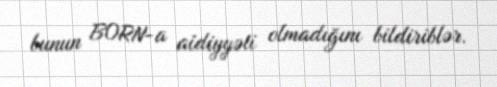
bunun BORN-a aidiyyəti olmadığını bildiriblər.